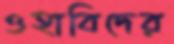
ওহাবিদের